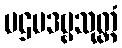
ပဌမဒဗ္ဗသုတ္တံ